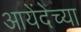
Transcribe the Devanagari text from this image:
आयेंदेच्या